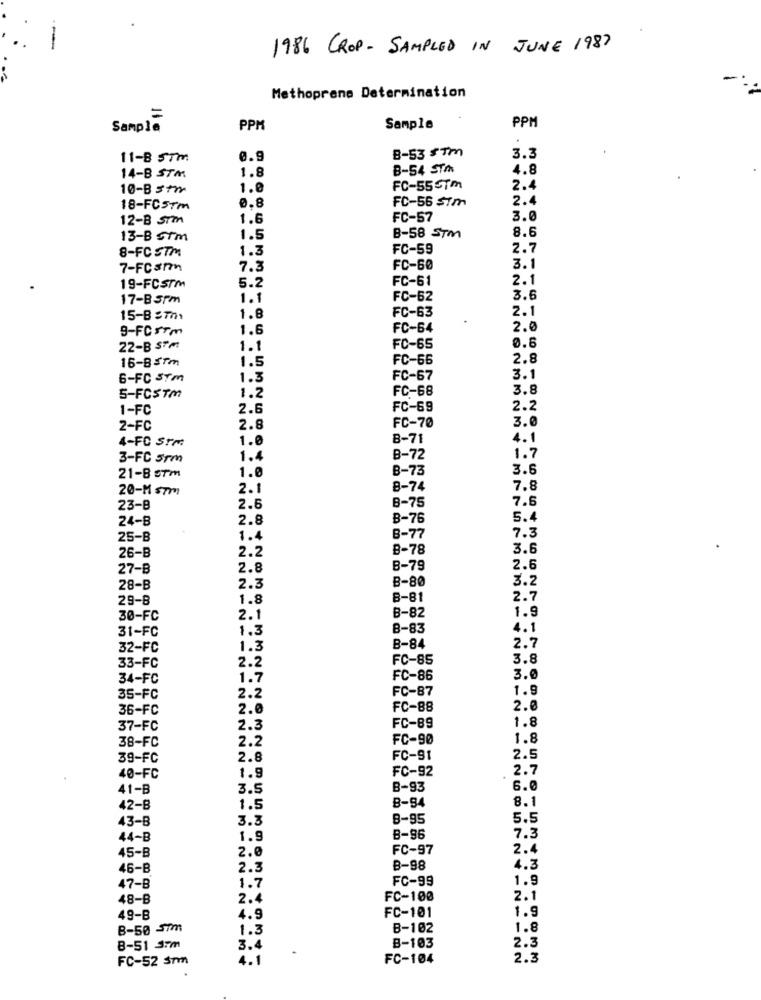
-
1986 CROP- SAMPLED IN JUNE 1987
Methoprene Determination
=
PPM
Sample
PPM
Sample
B-53 5 Tm
11-8 STM
0.9
3.3
1.8
B-54 STA
4.8
14-B STM
10-B 3
1.0
FC-55-Tm
2.4
FC-56 Sim
2.4
18-FCSTm
0.8
12-B Sim
1.6
FC-57
3.0
8.6
13-8 STm
1.5
B-58 STM
8-FC STM
1.3
FC-59
2.7
3.1
7-FC3nn
7.2
FC-60
FC-61
2.1
19-FCSTM
5.2
17-B 5Pm
1.1
FC-62
3.6
FC-63
2.1
15-8 57h1
1.8
9-FCSTm
1.6
FC-64
2.0
22-B STM
1.1
FC-65
0.6
16-BITm
1.5
FC-66
2.8
6-FC STm
1.3
FC-67
3.1
1.2
FC-68
3.8
5-FCSTM
1-FC
2.6
FC-69
2.2
FC-70
3.0
2-FC
2.8
4-FC STM
1.0
8-71
4.1
1.7
3-FC srm
1.4
B-72
B-73
3.6
21-8 5Tm
1.0
20-M sTm
2.1
8-74
7.8
7.6
23-8
2.6
B-75
24-B
2.8
B-76
5.4
25-B
1.4
B-77
7.3
26-B
2.2
8-78
3.6
27-B
2.8
B-79
2.6
B-80
3.2
28-B
2.3
29-8
1.8
8-81
2.7
1.9
30-FC
2.1
B-82
31-FC
1.3
8-83
4.1
32-FC
1.3
B-84
2.7
33-FC
2.2
FC-85
3.8
34-FC
1.7
FC-86
3.0
FC-87
1.5
35-FC
2.2
36-FC
2.0
FC-88
2.6
1.8
37-FC
2.3
FC-89
38-FC
2.2
FC-90
1.8
39-FC
2.8
FC-91
2.5
FC-92
2.7
40-FC
1.9
41-B
3.5
B-93
6.0
B-84
8.1
42-B
1.5
43-B
3.3
8-95
5.5
44-B
1.9
B-96
7.3
45-B
2.0
FC-97
2.4
46-B
2.3
B-98
4.2
FC-99
1.9
47-B
1.7
48-B
2.4
FC-100
2.1
FC-101
1.9
49-B
4.9
B-50 5m
1.3
B-102
1.8
8-51 3.m
3.4
B-103
2.3
FC-52 sm
4.1
FC-104
2.3